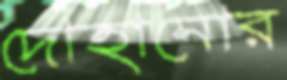
দোহানোর